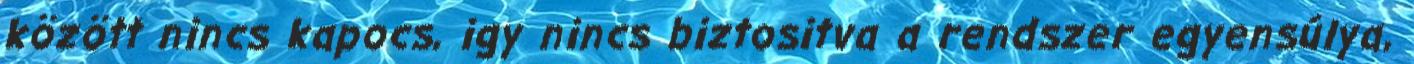
között nincs kapocs, igy nincs biztositva a rendszer egyensúlya,